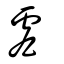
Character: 䖒